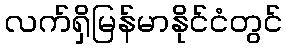
လက်ရှိမြန်မာနိုင်ငံတွင်